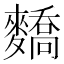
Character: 𪍷